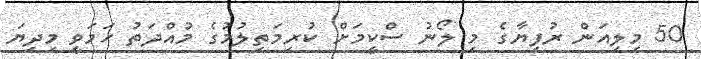
50 މިލިއަން ރުފިޔާގެ މި ލޯނު ސްކީމަށް ކުރިމަތިލުމުގެ މުއްދަތު ހަމަވީ މިދިޔަ